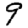
Digit: 9